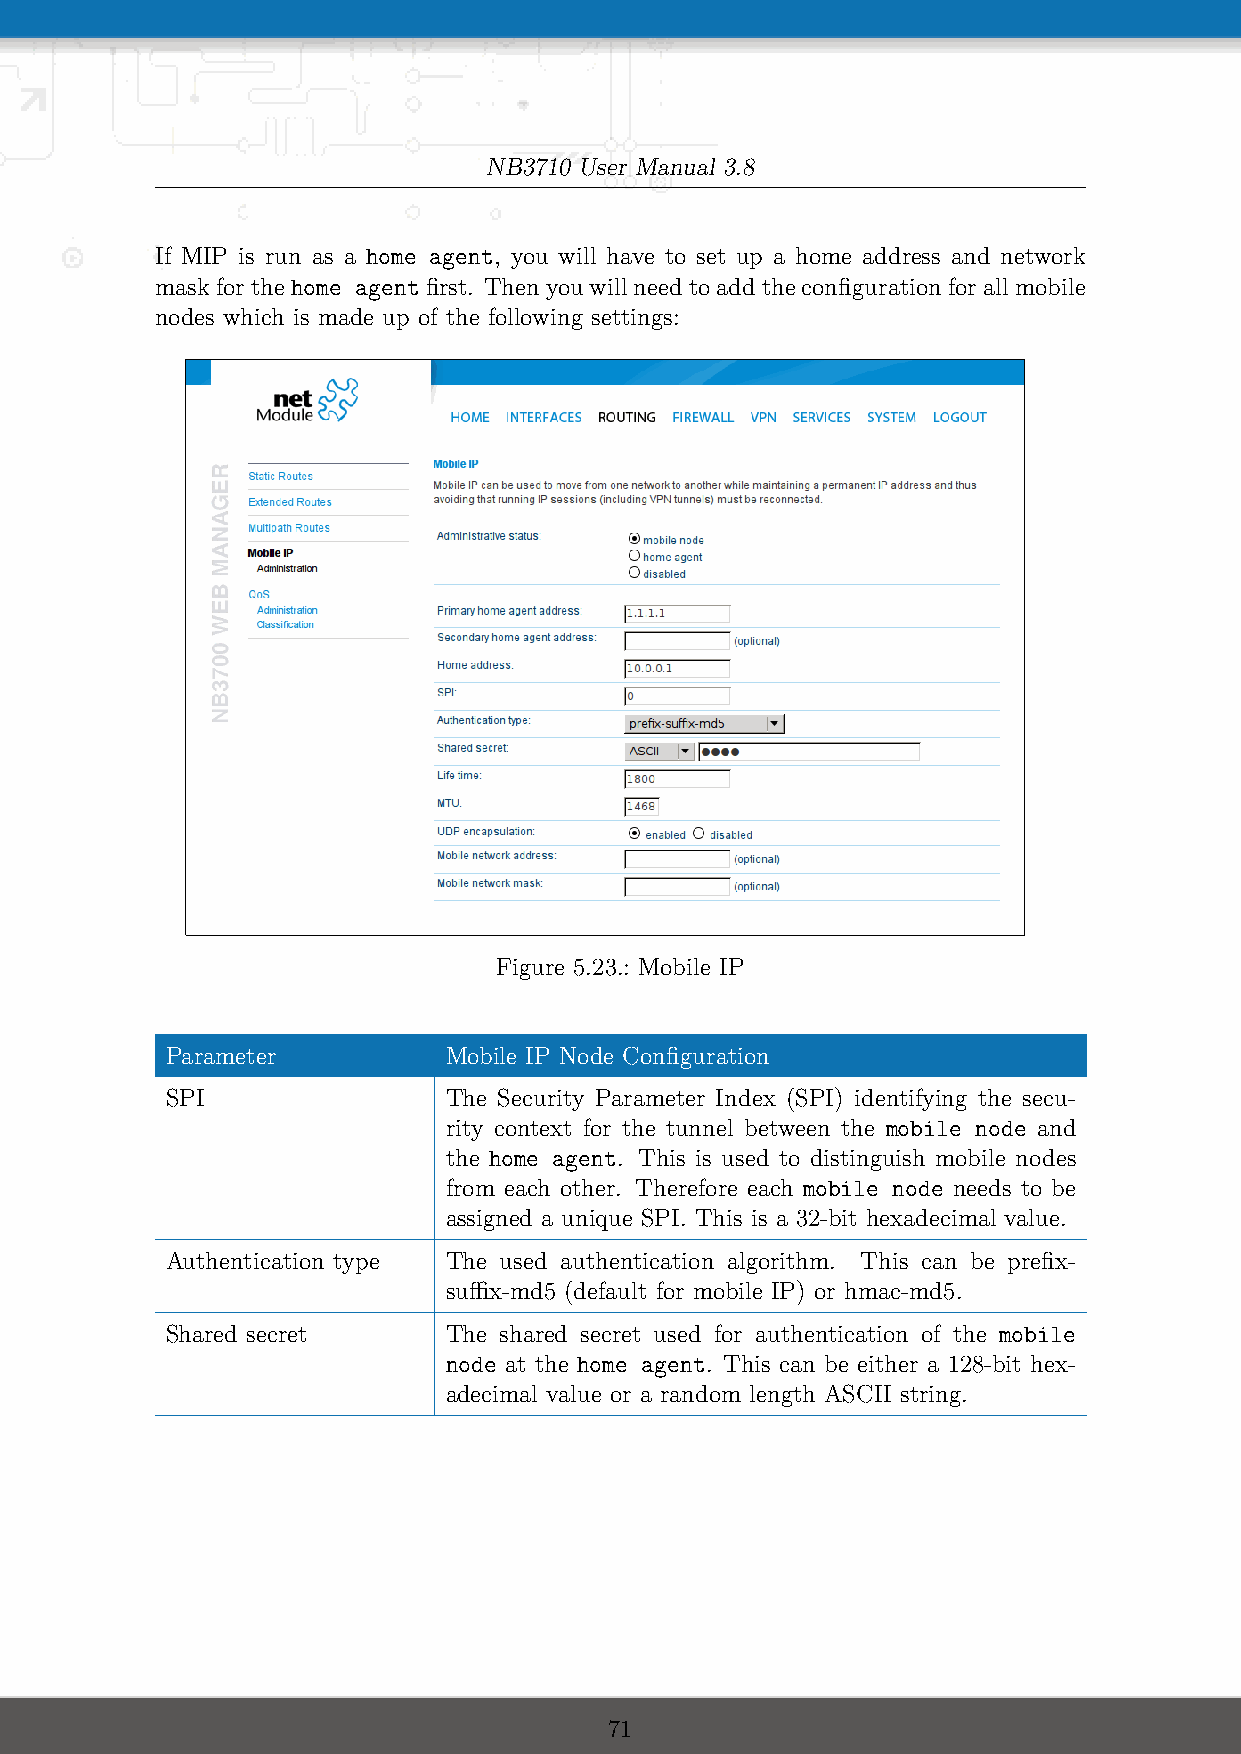
NB3710 User Manual 3.8
 If MIP is run as a home agent, you will have to set up a home address and network
 maskforthehome agentfirst. Thenyouwillneedtoaddtheconfigurationforallmobile
 nodes which is made up of the following settings:
 Figure 5.23.: Mobile IP
 Parameter         Mobile IP Node Configuration
 SPI               The Security Parameter Index (SPI) identifying the secu-
 rity context for the tunnel between the mobile node and
 the home agent. This is used to distinguish mobile nodes
 from each other. Therefore each mobile node needs to be
 assigned a unique SPI. This is a 32-bit hexadecimal value.
 Authentication type The used authentication algorithm. This can be prefix-
 suffix-md5 (default for mobile IP) or hmac-md5.
 Shared secret     The shared secret used for authentication of the mobile
 node at the home agent. This can be either a 128-bit hex-
 adecimal value or a random length ASCII string.
 71